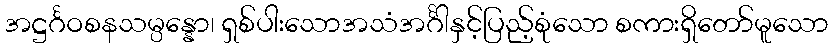
အဋ္ဌင်္ဂဝစနသမ္ပန္နော၊ ရှစ်ပါးသောအသံအင်္ဂါနှင့်ပြည့်စုံသော စကားရှိတော်မူသော